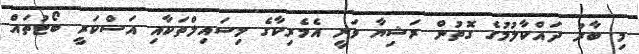
މި ބާރު ދައްކާލުމުގެ ގޮތުން ރަޝިޔާ ވަނީ އެމެރިކާގެ މިސައިލްތަކާއި އަސްކަރީ ބޯޓުތައް